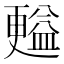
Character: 㬲